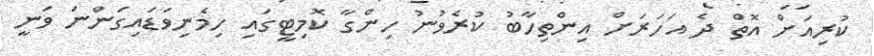
ކުރިއަށް އޮތް ދެ އަހަރަށް އިންތިހާބު ކުރެވުނު ހިންގާ ކޮމިޓީގައި ހިމެނިވަޑައިގަންނަ ވަނީ